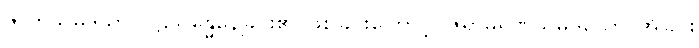
ဇာတိသမုဒယာ၊ ပဋိသန္ဓေနေခြင်း၏ ဖြစ်ခြင်းကြောင့်။ ဇရာမရဏသမုဒယော၊ အိုခြင်း